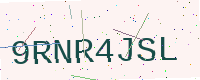
Text: 9RNR4JSL